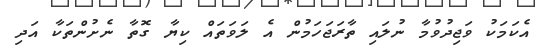
އެކަމަކު ވަޖިދުވުމާ ނުލައި ތާރަޖަހަމުން އެ ލަވަތައް ކިޔާ ގޮތާ ނެށުންތަކާ އަދި